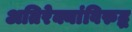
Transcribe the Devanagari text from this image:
अतिरेक्यांविरुद्ध